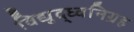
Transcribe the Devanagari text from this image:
विद्युद्ध्वनिग्रह